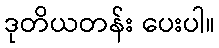
ဒုတိယတန်း ပေးပါ။